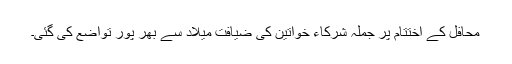
محافل کے اختتام پر جملہ شرکاء خواتین کی ضیافت میلاد سے بھر پور تواضع کی گئی۔